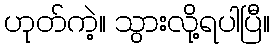
ဟုတ်ကဲ့။ သွားလို့ရပါပြီ။